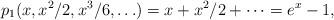
LaTeX: \begin{align*}p_1(x, x^2/2, x^3/6, \ldots) = x + x^2/2 + \cdots = e^x-1,\end{align*}